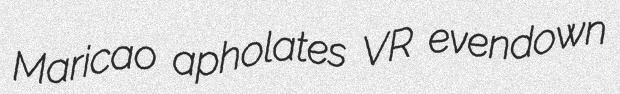
Maricao apholates VR evendown